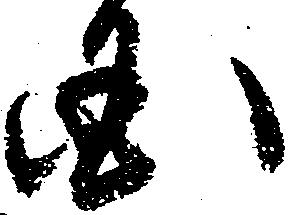
国